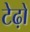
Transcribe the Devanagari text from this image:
टेढ़ो